Report on the working of the mental hospitals for Indians in Bihar and Orissa - 1925-1929
Year: 1925
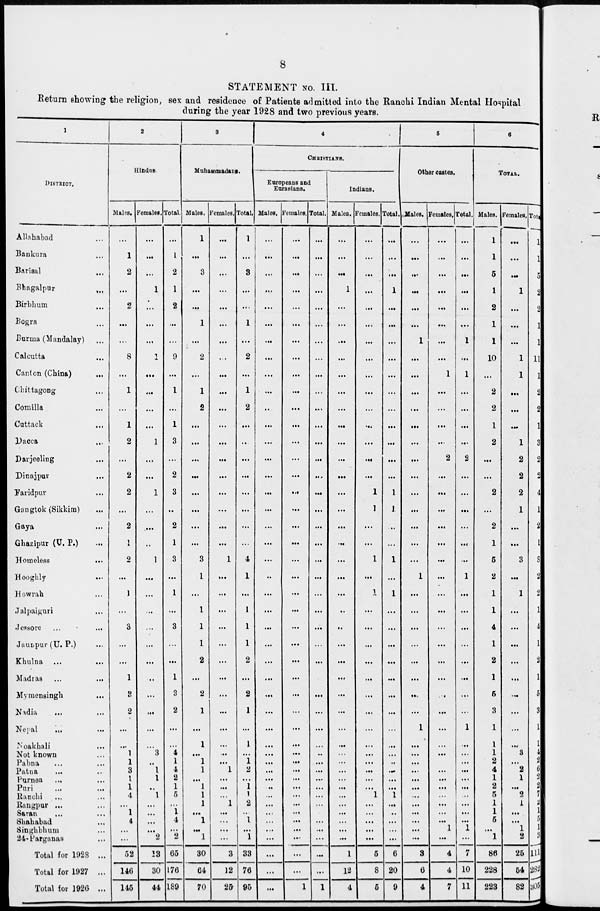
8
STATEMENT No. III.
Return showing the religion, sex and residence of Patients admitted into the Ranchi Indian Mental Hospital
during the year 1928 and two previous years.
1
DISTRICT.
Allahabad ...
Bankura ...
Barisal ...
Bhagalpur ...
Birbhum ...
Bogra ...
Burma (Mandalay)
...
Calcutta ...
Canton (China) ...
Chittagong ...
Comilla ...
Cuttack ...
Dacca ...
Darjeeling ...
Dinajpur ...
Faridpur ...
Gangtok (Sikkim) ...
Gaya ...
Ghazipur (U. P.) ...
Homeless
...
Hooghly
...
Howrah ...
Jalpaiguri ...
Jessore ...
...
Jautpur (U. P.)
Khulna ... ...
Madras ... ...
Mymensingh ...
Nadia ... ...
Nepal ... ...
Noakhali ...
Not known ...
Pabna ... ...
Patna ... ...
Purnea ... ...
Puri
...
...
Ranchi ... ...
Rangpur ... ...
Saran ... ...
Shahabad ... ...
Singhbhum ...
24-Parganas ...
Total for 1928 ...
Total for 1927 ...
Total for 1926 ...
2
Hindus
Males.
...
1
2
...
2
...
...
8
...
1
...
1
2
...
2
2
...
2
1
2
...
1
...
3
...
...
1
3
2
...
...
1
1
3
1
1
4
...
1
4
...
...
52
146
145
Females.
...
...
...
1
...
...
...
1
...
...
...
...
1
...
...
1
...
...
...
1
...
...
...
...
...
...
...
...
...
...
...
3
...
1
1
...
1
...
...
...
...
2
13
30
44
Total.
...
1
2
1
2
...
...
9
...
1
...
1
3
...
2
3
...
2
1
3
...
1
...
3
...
...
1
3
2
...
...
4
1
4
2
1
5
... 1
4
...
2
65
176
189
3
Muhammadans.
Males.
1
...
3
...
...
1
...
2
...
1
2
...
...
...
...
...
...
...
...
3
1
...
1
1
1
2
...
2
1
...
1
...
1
1
...
1
1
1
... 1
...
1
30
64
70
Females.
...
...
...
...
...
...
...
...
...
...
...
...
...
...
...
...
...
...
...
1
...
...
...
...
...
...
...
...
...
...
...
...
...
1
...
...
...
1
...
...
...
...
3
12
25
Total.
1
...
3
...
...
1
...
2
...
1
2
...
...
...
...
...
...
...
...
4
1
...
1
1
1
2
...
2
1
...
1
...
1
2
...
1
1
2
..
1
...
1
33
76
95
4
CHRISTIANS.
Europeans and
Eurasians.
Males.
...
...
...
...
...
...
...
...
...
...
...
...
...
...
...
...
...
...
...
...
...
...
...
...
...
...
...
...
...
...
...
...
...
...
...
...
...
...
...
...
...
...
...
...
...
Females.
...
...
...
...
...
...
...
...
...
...
...
...
...
...
...
...
...
...
...
...
...
...
...
...
...
...
...
...
...
...
...
...
...
...
...
...
...
...
...
...
...
...
...
...
1
Total.
...
...
...
...
...
...
...
...
...
...
...
...
...
...
...
...
...
...
...
...
...
...
...
...
...
...
...
...
...
...
...
...
...
...
...
...
...
...
...
...
...
...
...
1
Indians.
Males.
...
...
...
1
...
...
...
...
...
...
...
...
...
...
...
...
...
...
...
...
...
...
...
...
...
...
...
...
...
...
...
...
...
...
...
...
...
...
...
...
...
...
1
12
4
Females.
...
...
...
...
...
...
...
...
...
...
...
...
...
...
...
1
1
...
...
1
...
1
...
...
...
...
...
...
...
...
...
...
...
...
...
...
1
...
...
...
...
...
5
8
5
Total.
...
...
...
1
...
...
...
...
...
...
...
...
...
...
...
1
1
...
...
1
...
1
...
...
...
...
...
...
...
...
...
...
...
...
...
...
1
...
...
...
...
...
6
20
9
5
Other castes.
Males.
...
...
...
...
...
...
1
...
...
...
...
...
...
...
...
...
...
...
...
...
1
...
...
...
...
...
...
...
...
1
...
...
...
...
...
...
...
...
...
...
...
...
3
6
4
Females.
...
...
...
...
...
...
...
...
1
...
...
...
...
2
...
...
...
...
...
...
...
...
...
...
...
...
...
...
...
...
...
...
...
...
...
...
...
...
...
...
1
...
4
4
7
Total.
...
...
...
...
...
...
1
...
1
...
...
...
...
2
...
...
...
...
...
...
1
...
...
...
...
...
...
...
...
1
...
...
...
...
...
...
...
...
...
...
1
...
7
10
11
6
TOTAL.
Males.
1
1
5
1
2
1
1
10
...
2
2
1
2
...
...
2
...
2
1
5
2
1
1
4
1
2
1
5
3
1
1
1
2
4
1
2
5
1
1
5
...
1
86
228
223
Females.
...
...
...
1
...
...
...
1
1
...
...
...
1
2
2
2
1
...
...
3
...
1
...
...
...
...
...
...
...
...
...
3
...
2
1
...
2
1
...
...
1
2
25
54
82
Total.
1
1
5
2
2
1
1
11
1
2
2
1
3
2
2
4
1
2
1
8
2
2
1
4
1
2
1
5
3
1
1
4
2
6
2
2
7
2
1
5
1
3
111
282
305